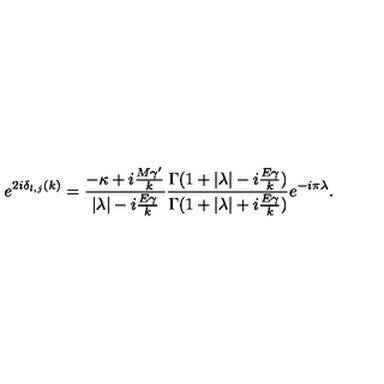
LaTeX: e ^ { 2 i \delta _ { l , j } ( k ) } = { \frac { - \kappa + i { \frac { M { \gamma } ^ { \prime } } { k } } } { | \lambda | - i { \frac { E \gamma } { k } } } } { \frac { \Gamma ( 1 + | \lambda | - i { \frac { E \gamma } { k } } ) } { \Gamma ( 1 + | \lambda | + i { \frac { E \gamma } { k } } ) } } e ^ { - i \pi \lambda } .